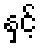
နှင့်